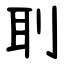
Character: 刵